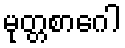
မုတ္တစာဂေါ